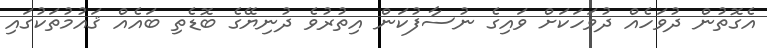
އެގޮތުން ދުވަހެއް ދުވަހަކަށް ވައިގެ ނުސާފުކަން އިތުރުވެ ދުނިޔޭގެ ބޮޑެތި ބައެއް ޤައުމުތަކުގައި